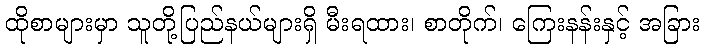
ထိုစာများမှာ သူတို့ပြည်နယ်များရှိ မီးရထား၊ စာတိုက်၊ ကြေးနန်းနှင့် အခြား